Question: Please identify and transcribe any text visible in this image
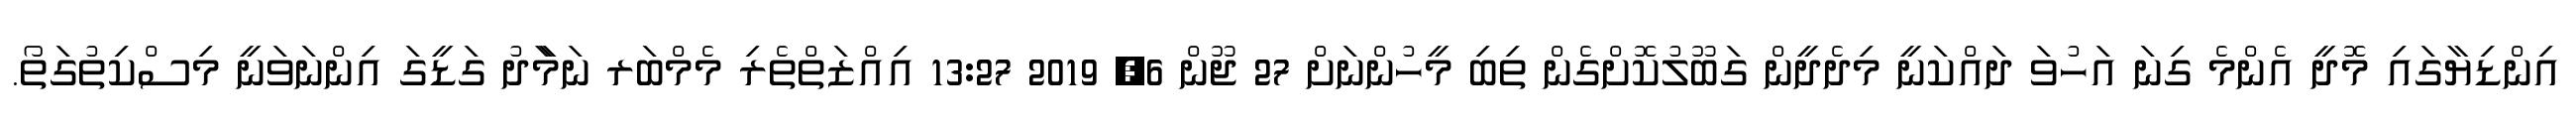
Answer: އިންޑިޔާގައި މޮދީ އެންމެ ގިނަ އަހުވަ ދައްކަނީ މިދެދީން ގަބޫލުކޮށްގެން ތިބި މީހުންނަށް 27 ޖޫން 6, 2019 13:27 އިއްޒަތްތެރި މެމްބަރ ނަމަާދު ގަޑީގަ އިންނަވަނީ މިސްކިތުގަތޯ.